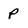
Character: P